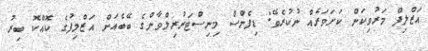
އަޒްލިފް މަރުވިކަން ކަށަވަރެއް ނުކުރެވޭ: ޑިފެންސް މިނިސްޓަރުރިލްވާންގެ ބޭބެއަށް އަޒްލިފުގެ ކޮއްކޮ ބިރު